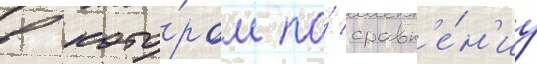
в кото́ром по́ сравн'е́н'иу